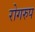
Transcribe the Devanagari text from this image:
रोगरुप